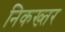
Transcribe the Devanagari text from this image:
निकख्तर